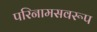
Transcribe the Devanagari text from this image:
परिनामसवरूप